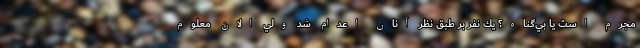
مجرم است يا بي‌گناه؟ يك نفر بر طبق نظر آنان اعدام شد ولي الان معلوم